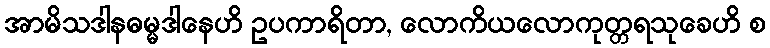
အာမိသဒါနဓမ္မဒါနေဟိ ဥပကာရိတာ, လောကိယလောကုတ္တရသုခေဟိ စ